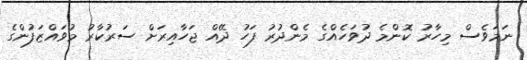
ނަމަވެސް މިހާރު ކޮންމެ ދުވަހެއްގެ މެންދުރު ފަހު ދޭއް ޖަހާއިރަށް ސަރުކާރު މުވައްޒަފުންގެ